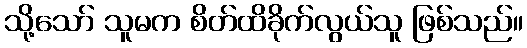
သို့သော် သူမက စိတ်ထိခိုက်လွယ်သူ ဖြစ်သည်။